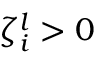
\zeta _ { i } ^ { l } > 0